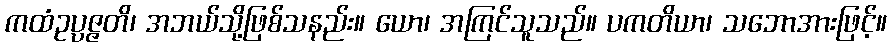
ကထံဥပ္ပဇ္ဇတိ၊ အဘယ်သို့ဖြစ်သနည်း။ ယော၊ အကြင်သူသည်။ ပကတိယာ၊ သဘောအားဖြင့်။